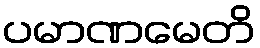
ပမာဏမေတိ